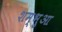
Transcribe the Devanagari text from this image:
शम्भुआ